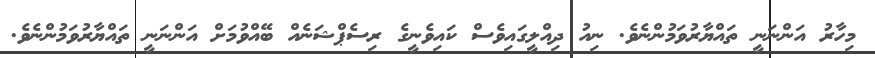
މިހާރު އަންނަނީ ތައްޔާރުވަމުންނެވެ. ނިއު ދިއްލީގައިވެސް ކައިވެނީގެ ރިސެޕްޝަނެއް ބޭއްވުމަށް އަންނަނީ ތައްޔާރުވަމުންނެވެ.